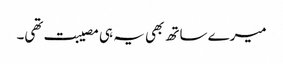
میرے ساتھ بھی یہ ہی مصیبت تھی۔